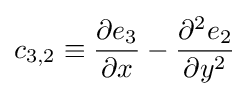
c_{3,2}\equiv {\frac {\partial e_{3}}{\partial x}}-{\frac {\partial ^{2}e_{2}}{\partial y^{2}}}